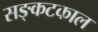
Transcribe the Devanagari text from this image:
सङ्कटकाल